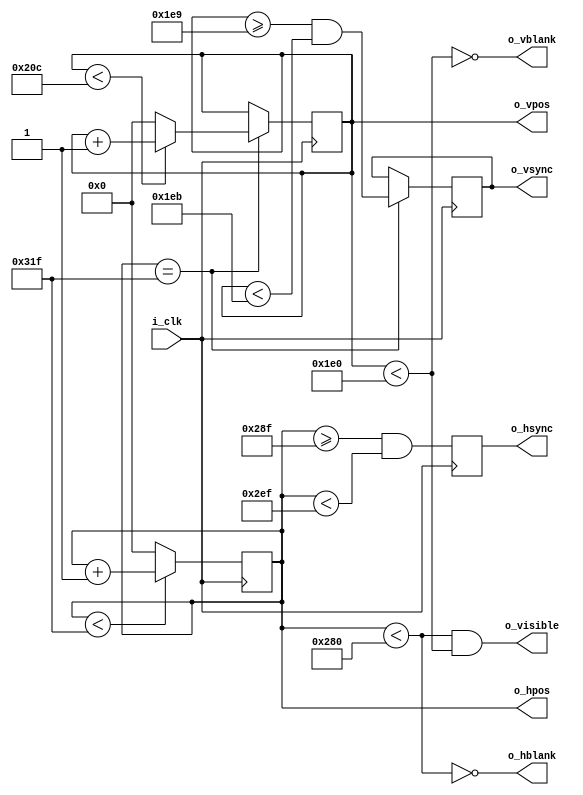
`default_nettype none

module video_sync_generator #(
  // 640 x 480 at 60 Hz (non-interlaced)
  parameter H_VISIBLE       = 640,
  parameter H_RIGHT_BORDER  = 8,
  parameter H_FRONT_PORCH   = 8,
  parameter H_SYNC_TIME     = 96,
  parameter H_BACK_PORCH    = 40,
  parameter H_LEFT_BORDER   = 8,

  parameter V_VISIBLE       = 480,
  parameter V_BOTTOM_BORDER = 8,
  parameter V_FRONT_PORCH   = 2,
  parameter V_SYNC_TIME     = 2,
  parameter V_BACK_PORCH    = 25,
  parameter V_TOP_BORDER    = 8
) (
  // Pixel Clock = 25.175 MHz
  input wire        i_clk,

  output wire       o_hsync,
  output wire       o_hblank,
  output wire       o_vsync,
  output wire       o_vblank,
  output wire       o_visible,

  output wire [9:0] o_hpos,
  output wire [9:0] o_vpos
);

  localparam H_BLANK_START = H_VISIBLE + H_RIGHT_BORDER;
  localparam H_SYNC_START = H_BLANK_START + H_FRONT_PORCH;
  localparam H_SYNC_END = H_SYNC_START + H_SYNC_TIME;
  localparam H_TOTAL = H_SYNC_END + H_BACK_PORCH +  H_LEFT_BORDER;

  localparam V_BLANK_START = V_VISIBLE + V_BOTTOM_BORDER;
  localparam V_SYNC_START = V_BLANK_START + V_FRONT_PORCH;
  localparam V_SYNC_END = V_SYNC_START + V_SYNC_TIME;
  localparam V_TOTAL = V_SYNC_END + V_BACK_PORCH + V_TOP_BORDER;

  reg       r_hsync;
  reg       r_vsync;
  reg [9:0] r_hpos = 0;
  reg [9:0] r_vpos = 0;

  wire w_end_of_line = r_hpos == H_TOTAL-1;

  always @(posedge i_clk) begin
    r_hsync <= ((r_hpos >= H_SYNC_START-1) && (r_hpos < H_SYNC_END-1));

    if (r_hpos < H_TOTAL-1) begin
      r_hpos <= r_hpos + 1;
    end else begin
      r_hpos <= 0;
    end
  end

  always @(posedge i_clk) begin
    if (w_end_of_line) begin
      r_vsync = ((r_vpos >= V_SYNC_START-1) && (r_vpos < V_SYNC_END-1));

      if (r_vpos < V_TOTAL-1) begin
        r_vpos <= r_vpos + 1;
      end else begin
        r_vpos <= 0;
      end
    end
  end

  wire w_h_visible = r_hpos < H_VISIBLE;
  assign o_hsync = r_hsync;
  assign o_hblank = ~w_h_visible;
  assign o_hpos = r_hpos;

  wire w_v_visible = r_vpos < V_VISIBLE;
  assign o_vsync = r_vsync;
  assign o_vblank = ~w_v_visible;
  assign o_vpos = r_vpos;

  assign o_visible = (w_h_visible & w_v_visible);
  
endmodule